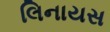
લિનાયસ